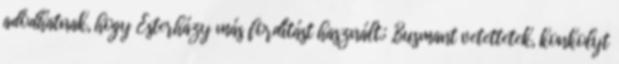
adódhatnak, hogy Esterházy más fordítást használt.; „Busmant vetettetek, konkolyt